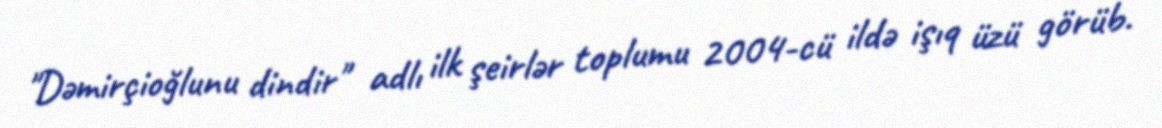
"Dəmirçioğlunu dindir" adlı ilk şeirlər toplumu 2004-cü ildə işıq üzü görüb.